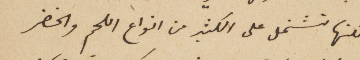
ولكنها تشتمل على الكثير من انواع اللحم والخضر